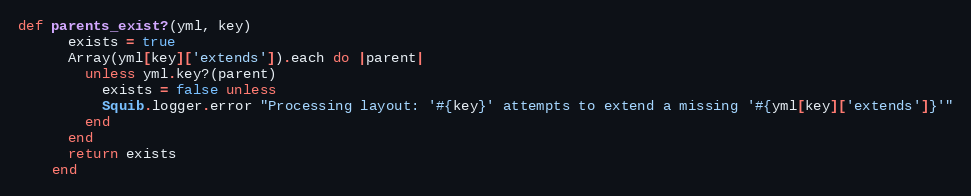
Language: Ruby
def parents_exist?(yml, key)
      exists = true
      Array(yml[key]['extends']).each do |parent|
        unless yml.key?(parent)
          exists = false unless
          Squib.logger.error "Processing layout: '#{key}' attempts to extend a missing '#{yml[key]['extends']}'"
        end
      end
      return exists
    end